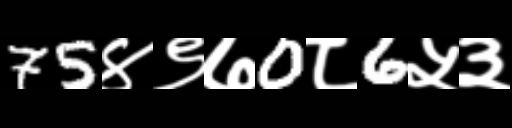
Text: 75४९७0८6५३